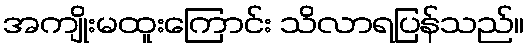
အကျိုးမထူးကြောင်း သိလာရပြန်သည်။